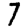
Digit: 7